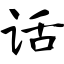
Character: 话